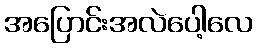
အပြောင်းအလဲပေါ့လေ